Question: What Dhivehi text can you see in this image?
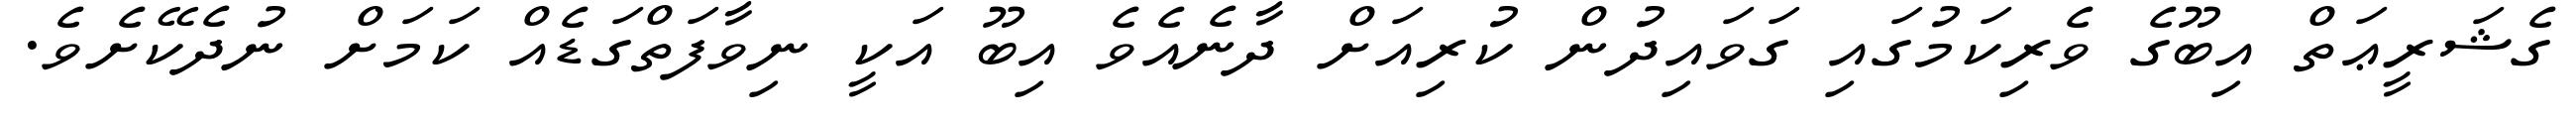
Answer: ގެޝަރީޢަތް އިބޫގެ ވެރިކަމުގައި ގަވައިދުން ކުރިއަށް ދާނެއެވެ އިބޫ އަކީ ނިވާފަތްގަޑެއް ކަމަށް ނުދެކޭށެވެ.